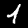
Label: 1